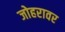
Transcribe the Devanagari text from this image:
जोहरावर